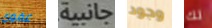
عفوي جانبية وجود لك